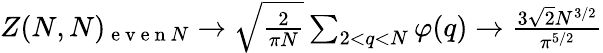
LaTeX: \begin{array}{r}{Z(N,N)_{\mathrm{~e~v~e~n~}N}\to\sqrt{\frac{2}{\pi N}}\sum_{2<q<N}\varphi(q)\to\frac{3\sqrt{2}N^{3/2}}{\pi^{5/2}}}\end{array}